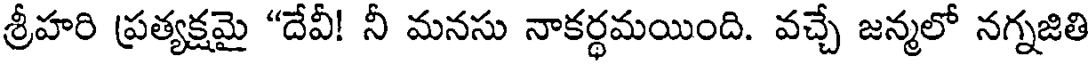
శ్రీహరి ప్రత్యక్షమై "దేవీ! నీ మనసు నాకర్థమయింది. వచ్చే జన్మలో నగ్నజితి